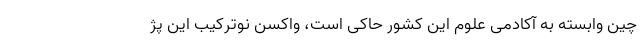
چین وابسته به آکادمی علوم این کشور حاکی است، واکسن نوترکیب این پژ